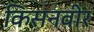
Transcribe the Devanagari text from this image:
किसनवीर